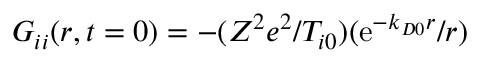
G _ { i i } ( \boldsymbol { r } , t = 0 ) = - ( Z ^ { 2 } e ^ { 2 } / T _ { i 0 } ) ( \mathrm { e } ^ { - k _ { D 0 } r } / r )